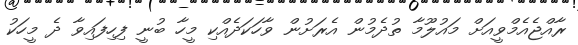
ރާއްޖެއެމްވީއަށް މައުލޫމާ ތުދެމުން އެރަށުން ވާހަކަދެއްކި މީހާ ބުނީ ފިހިފައިވާ ދެ މީހަކު